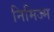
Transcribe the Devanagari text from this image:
निमिज्म